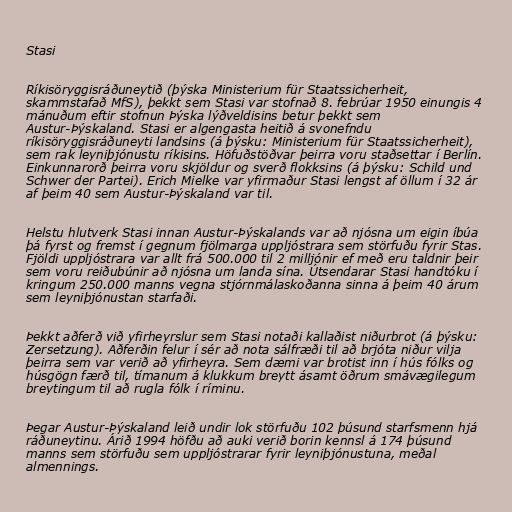
Stasi

Ríkisöryggisráðuneytið (þýska Ministerium für Staatssicherheit,
skammstafað MfS), þekkt sem Stasi var stofnað 8. febrúar 1950 einungis 4
mánuðum eftir stofnun Þýska lýðveldisins betur þekkt sem
Austur-Þýskaland. Stasi er algengasta heitið á svonefndu
ríkisöryggisráðuneyti landsins (á þýsku: Ministerium für Staatssicherheit),
sem rak leyniþjónustu ríkisins. Höfuðstöðvar þeirra voru staðsettar í Berlín.
Einkunnarorð þeirra voru skjöldur og sverð flokksins (á þýsku: Schild und
Schwer der Partei). Erich Mielke var yfirmaður Stasi lengst af öllum í 32 ár
af þeim 40 sem Austur-Þýskaland var til.

Helstu hlutverk Stasi innan Austur-Þýskalands var að njósna um eigin íbúa
þá fyrst og fremst í gegnum fjölmarga uppljóstrara sem störfuðu fyrir Stas.
Fjöldi uppljóstrara var allt frá 500.000 til 2 milljónir ef með eru taldnir þeir
sem voru reiðubúnir að njósna um landa sína. Útsendarar Stasi handtóku í
kringum 250.000 manns vegna stjórnmálaskoðanna sinna á þeim 40 árum
sem leyniþjónustan starfaði.

Þekkt aðferð við yfirheyrslur sem Stasi notaði kallaðist niðurbrot (á þýsku:
Zersetzung). Aðferðin felur í sér að nota sálfræði til að brjóta niður vilja
þeirra sem var verið að yfirheyra. Sem dæmi var brotist inn í hús fólks og
húsgögn færð til, tímanum á klukkum breytt ásamt öðrum smávægilegum
breytingum til að rugla fólk í ríminu.

Þegar Austur-Þýskaland leið undir lok störfuðu 102 þúsund starfsmenn hjá
ráðuneytinu. Árið 1994 höfðu að auki verið borin kennsl á 174 þúsund
manns sem störfuðu sem uppljóstrarar fyrir leyniþjónustuna, meðal
almennings.